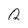
Character: Q